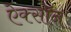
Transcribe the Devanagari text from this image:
ऐक्सॉन